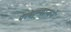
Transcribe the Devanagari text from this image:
परवान्यान्वये